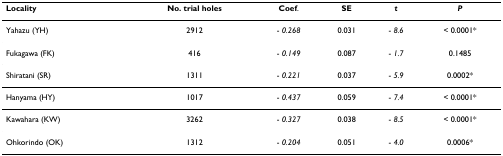
| Locality | No. trial holes | Coef. | SE | t | P |
 | --- | --- | --- | --- | --- | --- |
 | Yahazu (YH) | 2912 | - 0.268 | 0.031 | - 8.6 | < 0.0001* |
 | Fukagawa (FK) | 416 | - 0.149 | 0.087 | - 1.7 | 0.1485 |
 | Shiratani (SR) | 1311 | - 0.221 | 0.037 | - 5.9 | 0.0002* |
 | Hanyama (HY) | 1017 | - 0.437 | 0.059 | - 7.4 | < 0.0001* |
 | Kawahara (KW) | 3262 | - 0.327 | 0.038 | - 8.5 | < 0.0001* |
 | Ohkorindo (OK) | 1312 | - 0.204 | 0.051 | - 4.0 | 0.0006* |